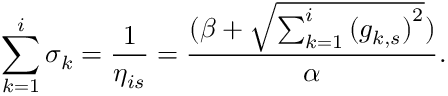
\sum _ { k = 1 } ^ { i } \sigma _ { k } = \frac { 1 } { \eta _ { i s } } = \frac { ( \beta + \sqrt { \sum _ { k = 1 } ^ { i } { ( g _ { k , s } ) } ^ { 2 } } ) } { \alpha } .